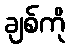
ချစ်ကို